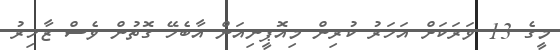
މީގެ 13 ވަރަކަށް އަހަރު ކުރިން މިއޮޕީނިއަން އާބެހޭ ގޮތުން ވެސް ޒާހިރު